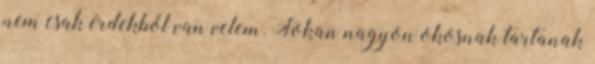
nem csak érdekből van velem. Sokan nagyon okosnak tartanak